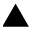
\blacktriangle